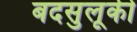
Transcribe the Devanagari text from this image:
बदसुलूकी